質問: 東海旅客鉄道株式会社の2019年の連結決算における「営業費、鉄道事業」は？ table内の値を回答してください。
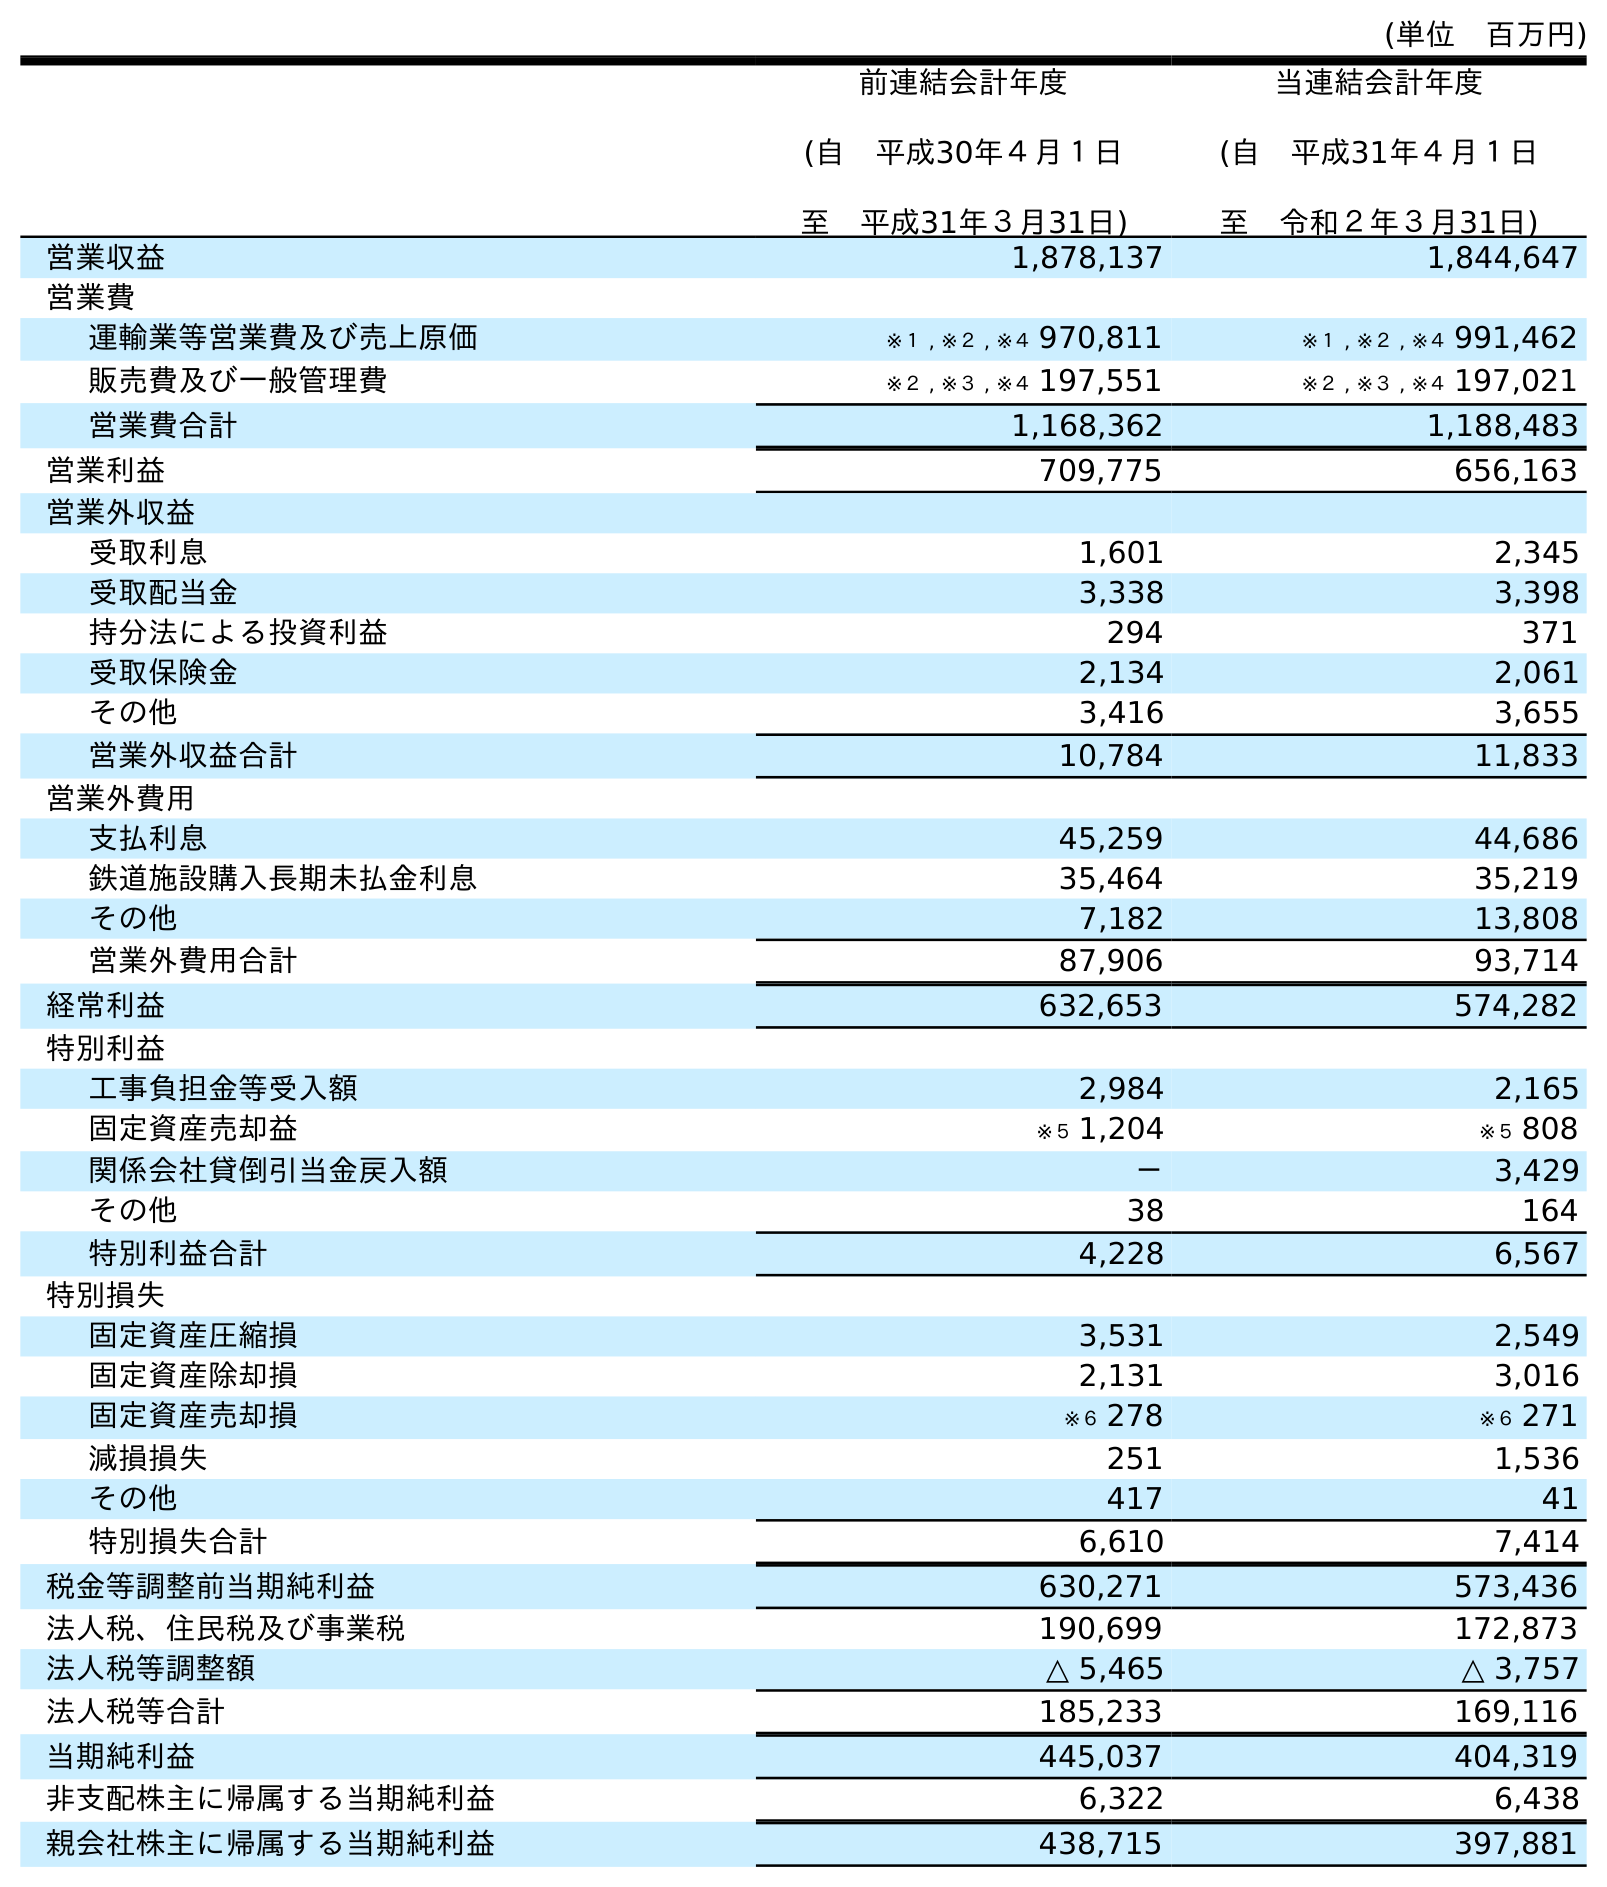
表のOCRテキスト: (単位 百万円) 前連結会計年度 (自 平成30年４月１日 至 平成31年３月31日) 当連結会計年度 (自 平成31年４月１日 至 令和２年３月31日) 営業収益 1,878,137 1,844,647 営業費 運輸業等営業費及び売上原価 ※１ , ※２ , ※４ 970,811 ※１ , ※２ , ※４ 991,462 販売費及び一般管理費 ※２ , ※３ , ※４ 197,551 ※２ , ※３ , ※４ 197,021 営業費合計 1,168,362 1,188,483 営業利益 709,775 656,163 営業外収益 受取利息 1,601 2,345 受取配当金 3,338 3,398 持分法による投資利益 294 371 受取保険金 2,134 2,061 その他 3,416 3,655 営業外収益合計 10,784 11,833 営業外費用 支払利息 45,259 44,686 鉄道施設購入長期未払金利息 35,464 35,219 その他 7,182 13,808 営業外費用合計 87,906 93,714 経常利益 632,653 574,282 特別利益 工事負担金等受入額 2,984 2,165 固定資産売却益 ※５ 1,204 ※５ 808 関係会社貸倒引当金戻入額 － 3,429 その他 38 164 特別利益合計 4,228 6,567 特別損失 固定資産圧縮損 3,531 2,549 固定資産除却損 2,131 3,016 固定資産売却損 ※６ 278 ※６ 271 減損損失 251 1,536 その他 417 41 特別損失合計 6,610 7,414 税金等調整前当期純利益 630,271 573,436 法人税、住民税及び事業税 190,699 172,873 法人税等調整額 △ 5,465 △ 3,757 法人税等合計 185,233 169,116 当期純利益 445,037 404,319 非支配株主に帰属する当期純利益 6,322 6,438 親会社株主に帰属する当期純利益 438,715 397,881
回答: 1,168,362